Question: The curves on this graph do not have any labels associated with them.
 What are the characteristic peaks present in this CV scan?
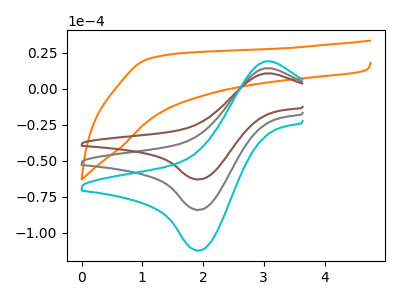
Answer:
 <answer>The orange curve "orange" has no peaks. The gray curve "gray" has an anodic peak at (3.00V, 14.15uA) and a cathodic peak at (1.90V, -84.15uA). The brown curve "brown" has an anodic peak at (3.00V, 10.60uA) and a cathodic peak at (1.90V, -62.95uA). The cyan curve "cyan" has an anodic peak at (3.00V, 28.30uA) and a cathodic peak at (1.90V, -168.25uA).</answer>
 <eval></eval>